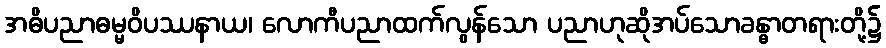
အဓိပညာဓမ္မဝိပဿနာယ၊ လောကီပညာထက်လွန်သော ပညာဟုဆိုအပ်သောခန္ဓာတရားတို့၌